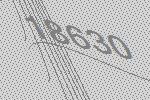
18630